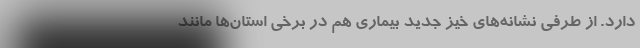
دارد. از طرفی نشانه‌های خیز جدید بیماری هم در برخی استان‌ها مانند